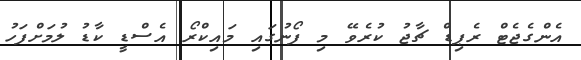
އެންގެޖެޓް ރެޕިޑް ޗާޖު ކުރެވޭ މި ފޯނުގައި މައިކްރޯ އެސްޑީ ކާޑު ލުމަށްފަހު